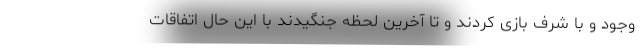
وجود و با شرف بازی کردند و تا آخرین لحظه جنگیدند با این حال اتفاقات